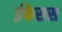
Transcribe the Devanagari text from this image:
ईफेसस